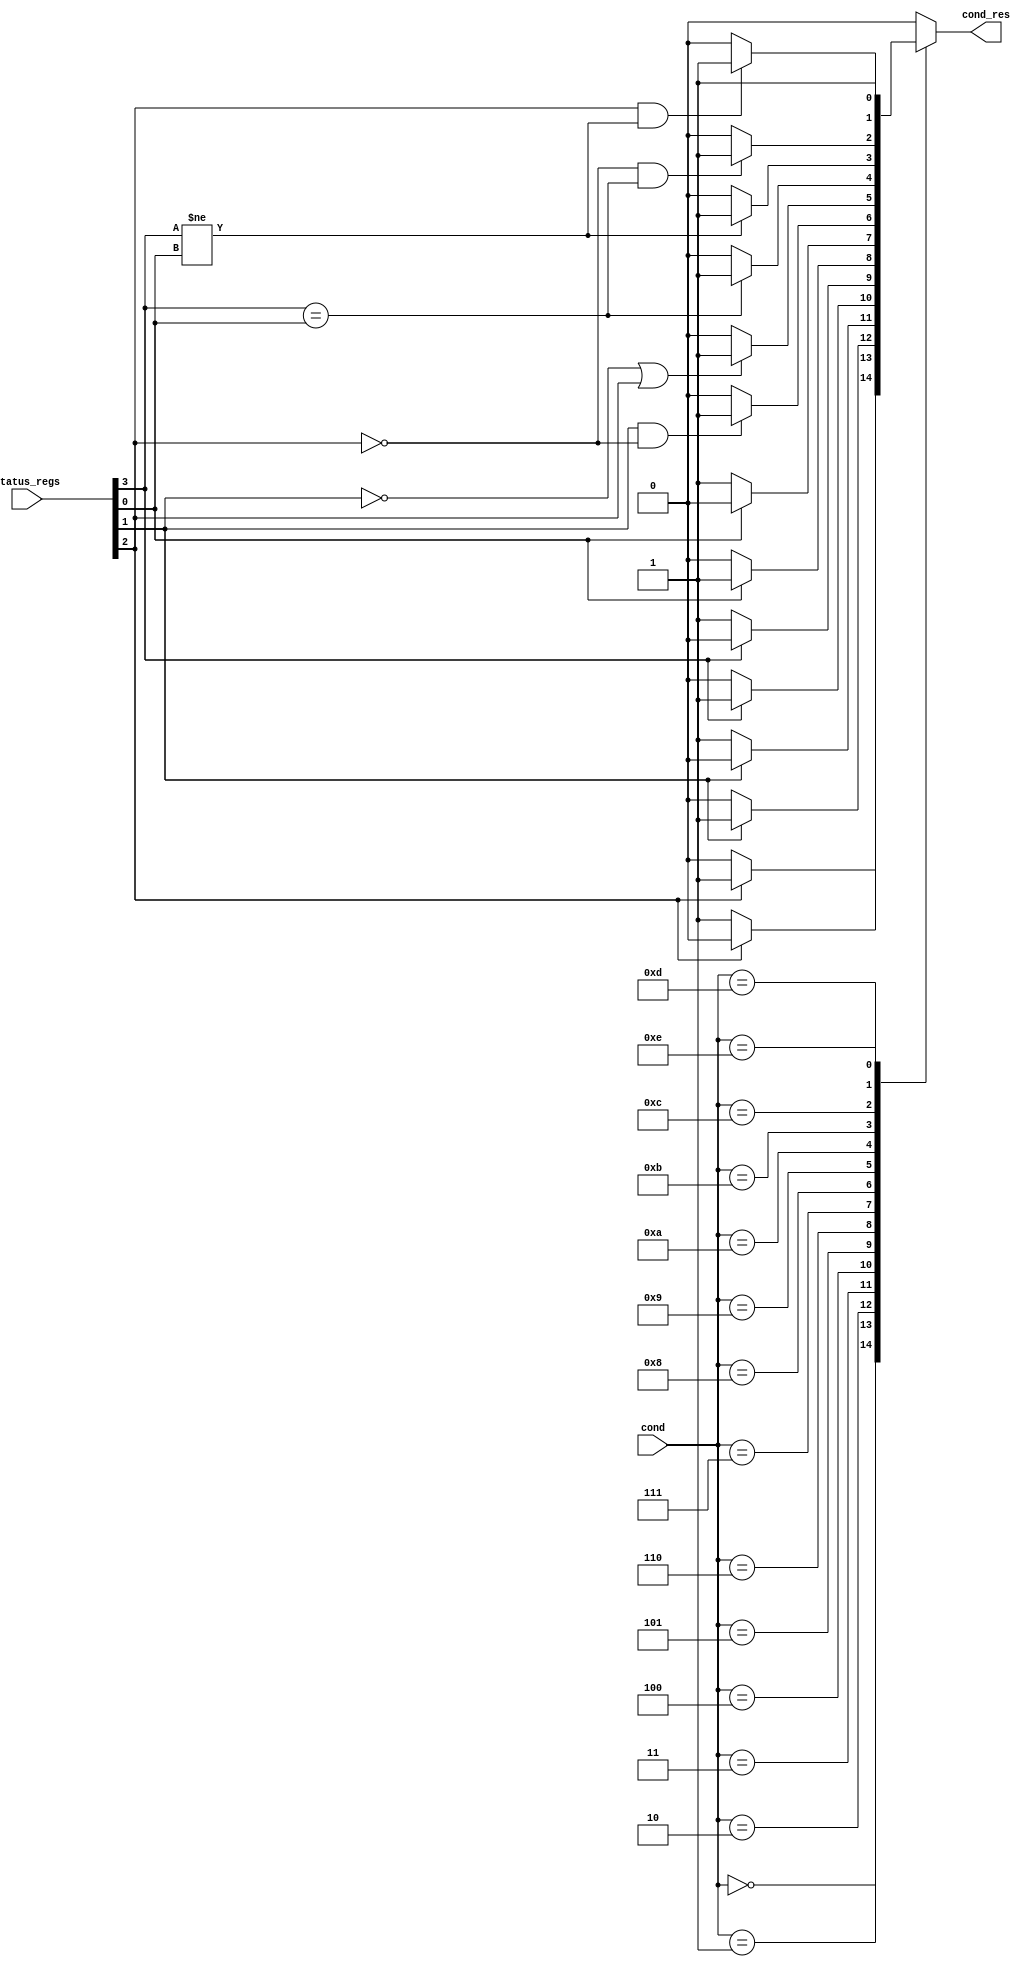

module Condition_Check(cond, status_regs, cond_res);

  input [3:0] cond, status_regs; 
  output reg cond_res;

  wire n, z, c, v;

  assign {n, z, c, v} = status_regs;

  always@(*) begin
    cond_res = 1'b0;
    case(cond)
    4'b0000: if(z) cond_res = 1'b1;
    4'b0001: if(~z) cond_res = 1'b1;
    4'b0010: if(c) cond_res = 1'b1;
    4'b0011: if(~c) cond_res = 1'b1;
    4'b0100: if(n) cond_res = 1'b1;
    4'b0101: if(~n) cond_res = 1'b1;
    4'b0110: if(v) cond_res = 1'b1;
    4'b0111: if(~v) cond_res = 1'b1;
    4'b1000: if(c && ~z) cond_res = 1'b1;
    4'b1001: if(~c || z) cond_res = 1'b1;
    4'b1010: if(n == v) cond_res = 1'b1;
    4'b1011: if(n != v) cond_res = 1'b1;
    4'b1100: if(~z && n == v) cond_res = 1'b1;
    4'b1101: if(z && n != v) cond_res = 1'b1;
    4'b1110: cond_res = 1'b1;
    endcase
  end

endmodule